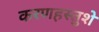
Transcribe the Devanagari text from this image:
करणहस्तुशे